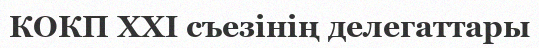
КОКП XXI съезінің делегаттары